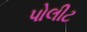
પોલીટ